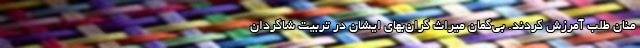
منان طلب آمرزش کردند. بی‌گمان میراث گران‌بهای ایشان در تربیت شاگردان